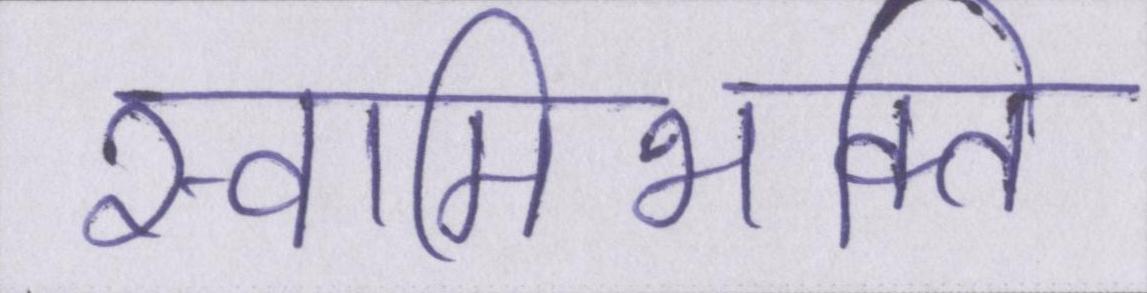
स्वामिभक्ति